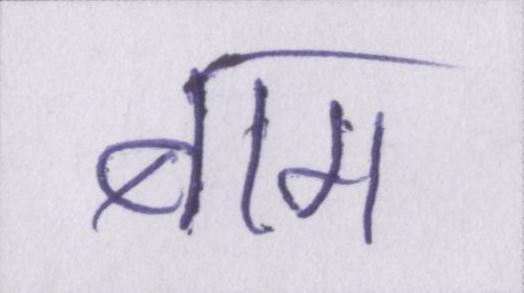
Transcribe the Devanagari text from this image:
बाग